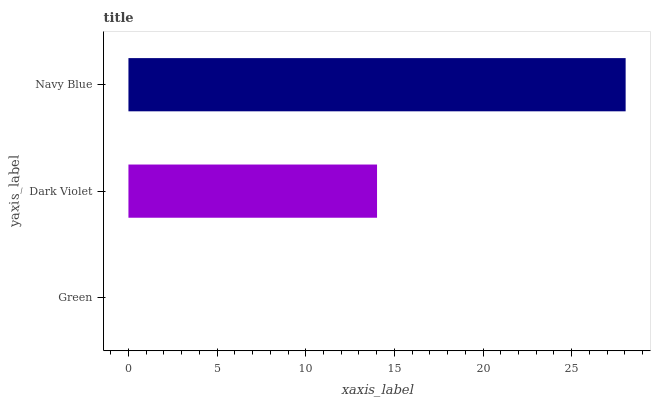
| yaxis_label | bars |
 | --- | --- |
 | Green | 0 |
 | Dark Violet | 14 |
 | Navy Blue | 28 |